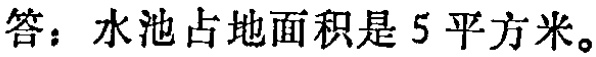
答：水池占地面积是5平方米。